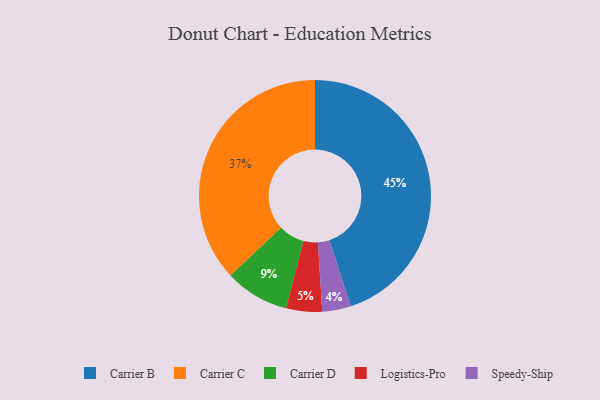
{"axis": {"x": "Category", "y": "Percentage"}, "legend": ["Carrier B", "Carrier C", "Carrier D", "Logistics-Pro", "Speedy-Ship"], "data": [{"x": "Carrier D", "y": 9, "type": "Carrier D"}, {"x": "Logistics-Pro", "y": 5, "type": "Logistics-Pro"}, {"x": "Speedy-Ship", "y": 4, "type": "Speedy-Ship"}, {"x": "Carrier C", "y": 37, "type": "Carrier C"}, {"x": "Carrier B", "y": 45, "type": "Carrier B"}]}